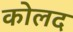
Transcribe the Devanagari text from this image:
कोलद